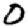
Digit: 0